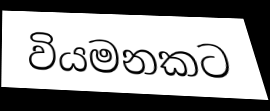
වියමනකට